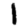
Digit: 1